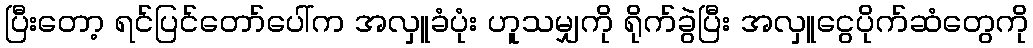
ပြီးတော့ ရင်ပြင်တော်ပေါ်က အလှူခံပုံး ဟူသမျှကို ရိုက်ခွဲပြီး အလှူငွေပိုက်ဆံတွေကို